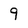
Character: 9